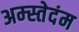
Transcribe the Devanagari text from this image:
अम्स्तेदंम